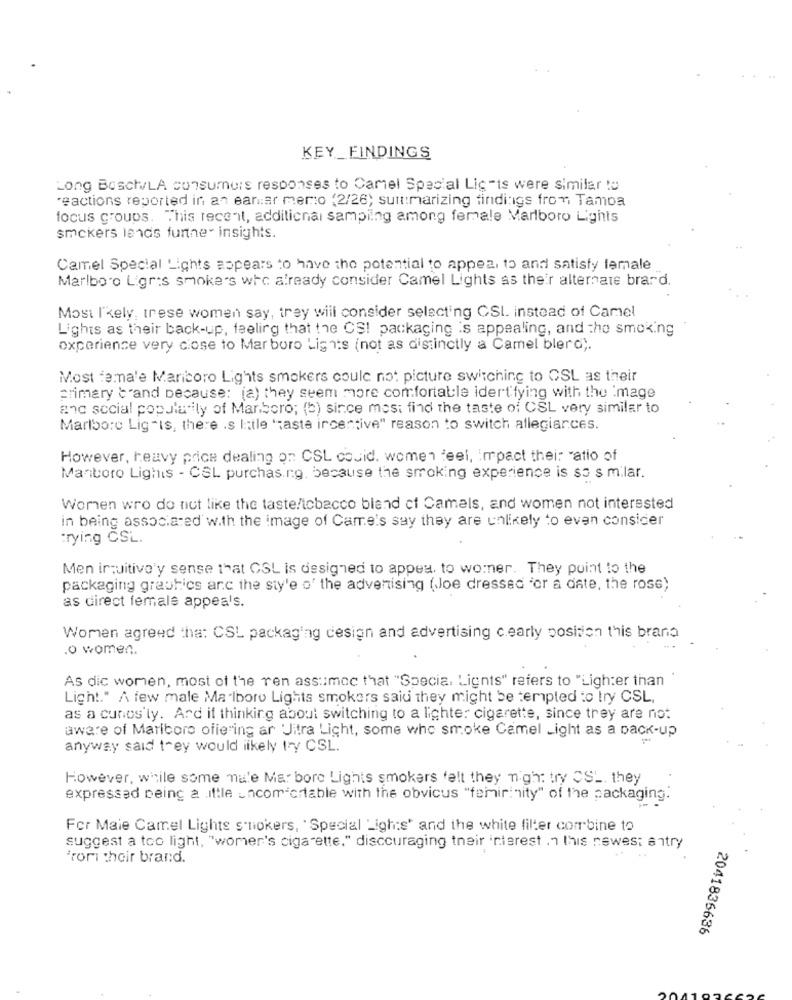
KEY_FINDINGS
Long Bosch/LA consumers responses to Camel Special Lig-ts were similar to
reactions reported in an eanar mer:o (2/26; summarizing findings from Tampa
focus groups. This recent, additional sampling among female Marlboro Lights
smokers lends furtne- insights.
Camel Special Lights appears to have the potential to appeal to and satisfy lemale
Marlboro Ligres smoke's who already consider Camel Lights as their alternate brard.
Most l'kely, trese women say, trey will consider selecting CSI. instead of Camel
Lights as their back-up, feeling that the CS! packaging is appealing, and the smoking
experience very close to Mar boro Lights (not as distinctly a Camel blerd ;.
Most female Maricoro Lights smokers could not picture switching to OSL as their
Primary :"and because: (a) they seem more comfortable idertfying with the image
and social popularity of Manboro; (b) since most find the taste of CSL very similar to
Marlboro Lig "Is, there Is little "casta incentive" reason to switch allegiances.
However, heavy price dealing on CSL cosid. women feel, impact their "atio of
Manitoro Lighis - CSL purchasing. because the smoking experience is so s milar.
Women wro do not like the taste/tobacco bland ct Camels, and women not interested
in being associated with the image of Came's say they are unlikely to even consider
trying CSL.
Men intuitive'y sense that CSL is designed to appea. to womner. They point to the
packaging graphics arc the sty'e o' the advertising (Joe dressed "or a date, the rose)
as direct female appeals.
Women agreed that CSL packaging design and advertising c.early position this brand
.o women.
As dic women, most of the ren assumed that "Specia. Lignts" refers to "Lighter than
Light." A few male Marlboro Lights smokers said they might be tempted to try CSL,
as a cunos'ly. Ard if thinking about switching to a lighter cigarette, since they are not
aware of Marlboro offering ar 'Jitra Light, some who smoke Camel Light as a back-up
anyway said they would likely try CSL.
However, while some mule Ma: bore Lights smokers felt they might try CSL. they
expressed being a .ittle uncom crtable with the obvicus "femininity" of the packaging.
For Maie Camel Lights s'nokers, 'Special Ligh:s' and the white filter combine to
suggest a too light, "women's cigarette." discouraging their interest .1 this newest antry
'rori their brand.
2041836636